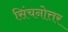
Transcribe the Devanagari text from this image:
सिंचनोत्तर